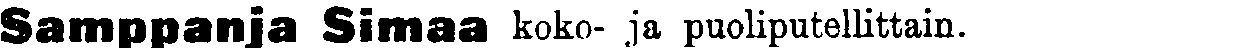
Samppanja Simaa koko- ja puoliputellittain.